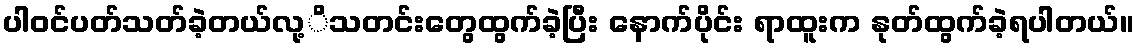
ပါဝင်ပတ်သတ်ခဲ့တယ်လု့ိသတင်းတွေထွက်ခဲ့ပြီး နောက်ပိုင်း ရာထူးက နုတ်ထွက်ခဲ့ရပါတယ်။